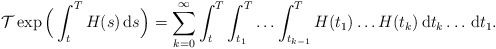
\begin{align*}\mathcal{T}\exp \Big(\int_{t}^{T}H(s)\, \mathrm{d} s\Big)=\sum_{k=0}^{\infty }\int_{t}^{T}\int_{t_1}^T\ldots\int_{t_{k-1}}^{T}H(t_{1})\ldots H(t_{k})\, \mathrm{d}t _{k}\ldots\, \mathrm{d}t_{1}.\end{align*}